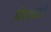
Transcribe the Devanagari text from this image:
विश्वतो